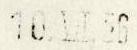
10. VII. 56